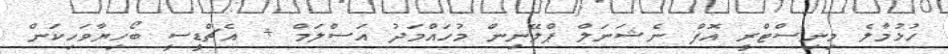
ހުޅުމާލެ މިނިސްޓްރީ އޮފް ނެޝަނަލް ޕްލޭނިން މުހައްމަދު އަސްލަމް + އެޗްޑީސީ ބޯހިޔާވަހިކަން